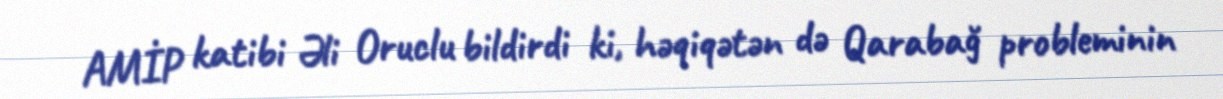
AMİP katibi Əli Oruclu bildirdi ki, həqiqətən də Qarabağ probleminin